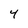
Character: 4